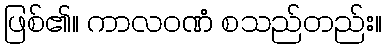
ဖြစ်၏။ ကာလဝဏံ စသည်တည်း။